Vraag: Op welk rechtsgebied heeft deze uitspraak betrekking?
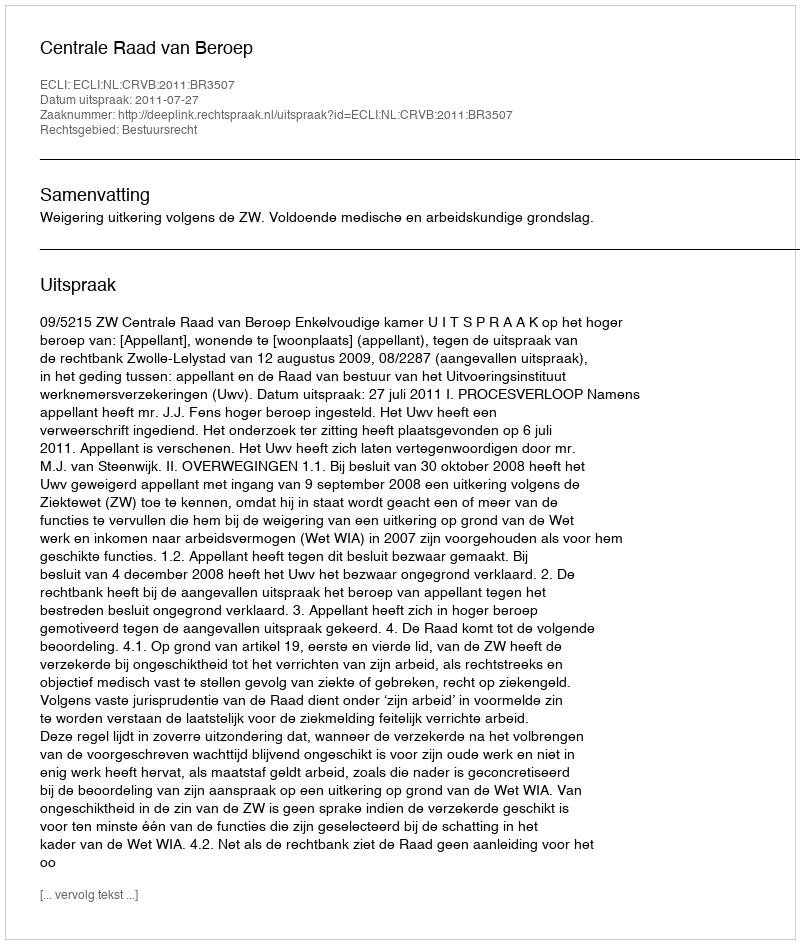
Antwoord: Bestuursrecht